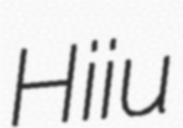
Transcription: Hiiu